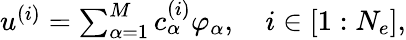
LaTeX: \begin{array}{r}{u^{(i)}=\sum_{\alpha=1}^{M}c_{\alpha}^{(i)}\varphi_{\alpha},\quad i\in[1:N_{e}],}\end{array}